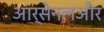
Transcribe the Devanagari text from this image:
आर्सेनलऔर